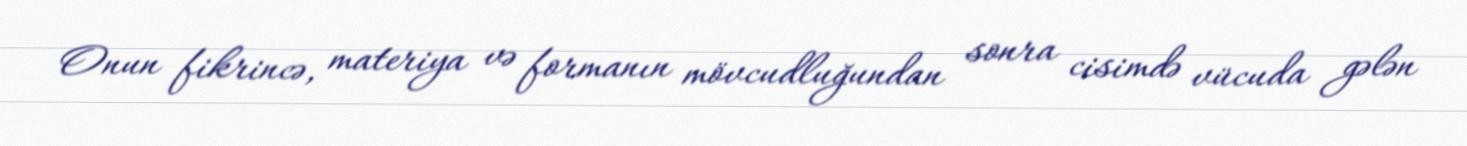
Onun fikrincə, materiya və formanın mövcudluğundan sonra cisimdə vücuda gələn